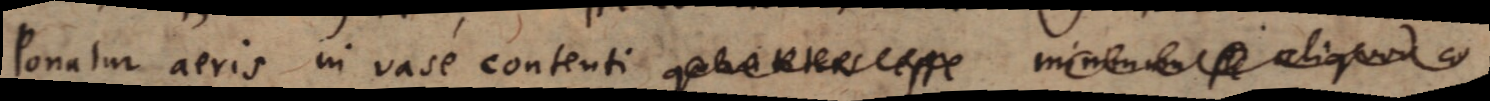
Ponatur aeris in vase contenti quantitas esse minimum aliquod co